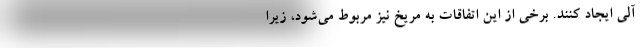
آلی ایجاد کنند. برخی از این اتفاقات به مریخ نیز مربوط می‌شود، زیرا